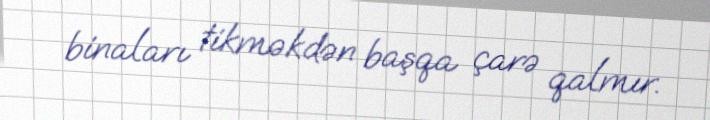
binaları tikməkdən başqa çarə qalmır.